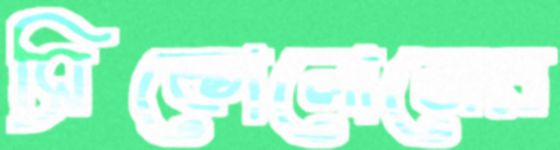
সিকোলোনের